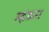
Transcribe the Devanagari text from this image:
म्हंऊन